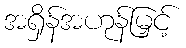
အရှိန်အဟုန်မြှင့်